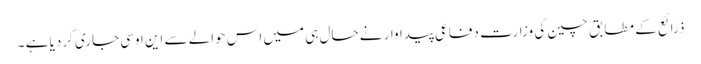
ذرائع کے مطابق چین کی وزارت دفاعی پیداوار نے حال ہی میں اس حوالے سے این اوسی جاری کردیا ہے ۔